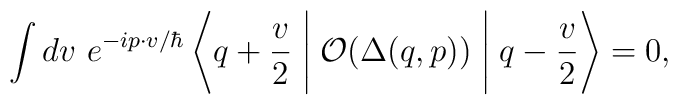
\int dv~e^{-ip \cdot v/\hbar} \left< q+\frac{v}{2} \Biggm| {\cal O}(\Delta(q,p))\Biggm| q-\frac{v}{2} \right>=0,